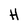
Character: H